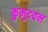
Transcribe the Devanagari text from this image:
कुमुदवन